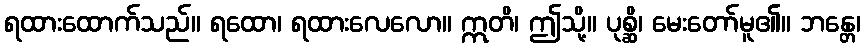
ရထားထောက်သည်။ ရထော၊ ရထားလေလော။ ဣတိ၊ ဤသို့။ ပုစ္ဆိ၊ မေးတော်မူ၏။ ဘန္တေ၊